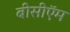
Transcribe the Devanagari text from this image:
बीसीऍम